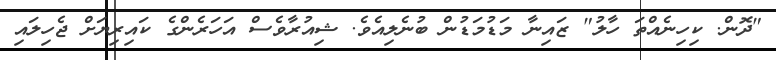
"ދޮން. ކިހިނެއްތަ ހާލު" ޒައިނާ މަޑުމަޑުން ބުނެލިއެވެ. ޝިއުރާވެސް އަހަރެންގެ ކައިރިޔަށް ޖެހިލައި